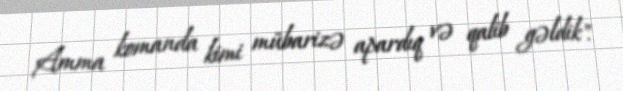
Amma komanda kimi mübarizə apardıq və qalib gəldik".